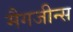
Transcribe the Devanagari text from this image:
मैगजीन्स